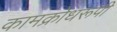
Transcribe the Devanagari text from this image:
कामक्रोधरूपी